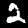
Label: 2